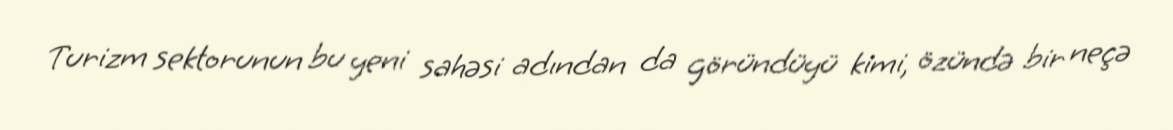
Turizm sektorunun bu yeni sahəsi adından da göründüyü kimi, özündə bir neçə